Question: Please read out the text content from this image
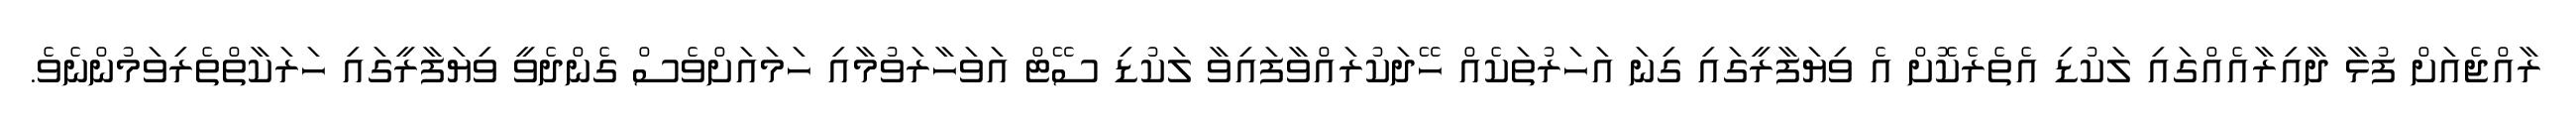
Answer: ރާއްޖެއަށް ފުޅާ ދާއިރާއެއްގައި ލަކުޑި އެތެރެކޮށް އެ ވިޔަފާރީގައި ގިނަ އަހަރުތަކެއް ހޭދަކުރައްވާފައިވާ ލަކުޑި ސޭޓް އަވަހާރަވުމާއި ހަމައަށްވެސް ގެންދެވީ ވިޔަފާރީގައި ހަރަކާތްތެރިވަމުންނެވެ.